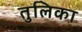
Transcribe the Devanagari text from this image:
तुलिका